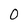
Character: O